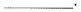
___.